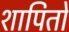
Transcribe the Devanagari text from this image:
शापितो